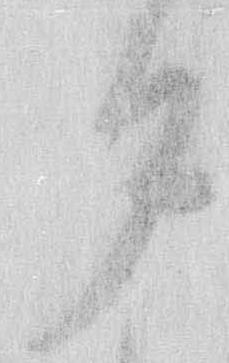
夕